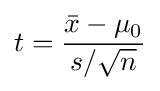
t={\frac {{\bar {x}}-\mu _{0}}{s/{\sqrt {n}}}}